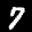
Label: 7